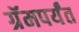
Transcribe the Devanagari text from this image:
ग्रॅमपर्यंत